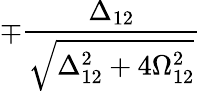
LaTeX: \mp\frac{\Delta_{12}}{\sqrt{\Delta_{12}^{2}+4\Omega_{12}^{2}}}